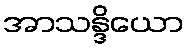
အာသန္ဒိယော